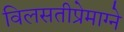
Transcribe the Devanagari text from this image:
विलसतीप्रेमाग्ने